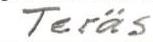
Teräs